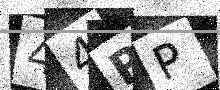
Text: 44RP